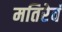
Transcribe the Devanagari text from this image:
मतिरेवं